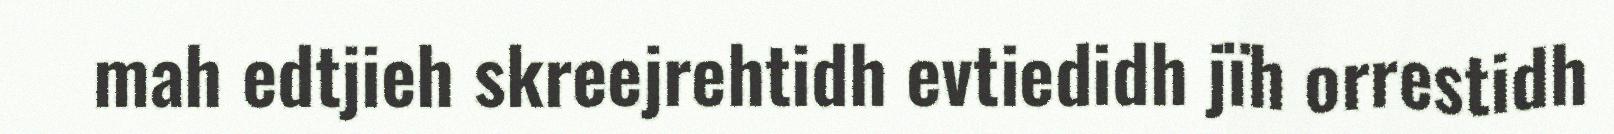
mah edtjieh skreejrehtidh evtiedidh jïh orrestidh